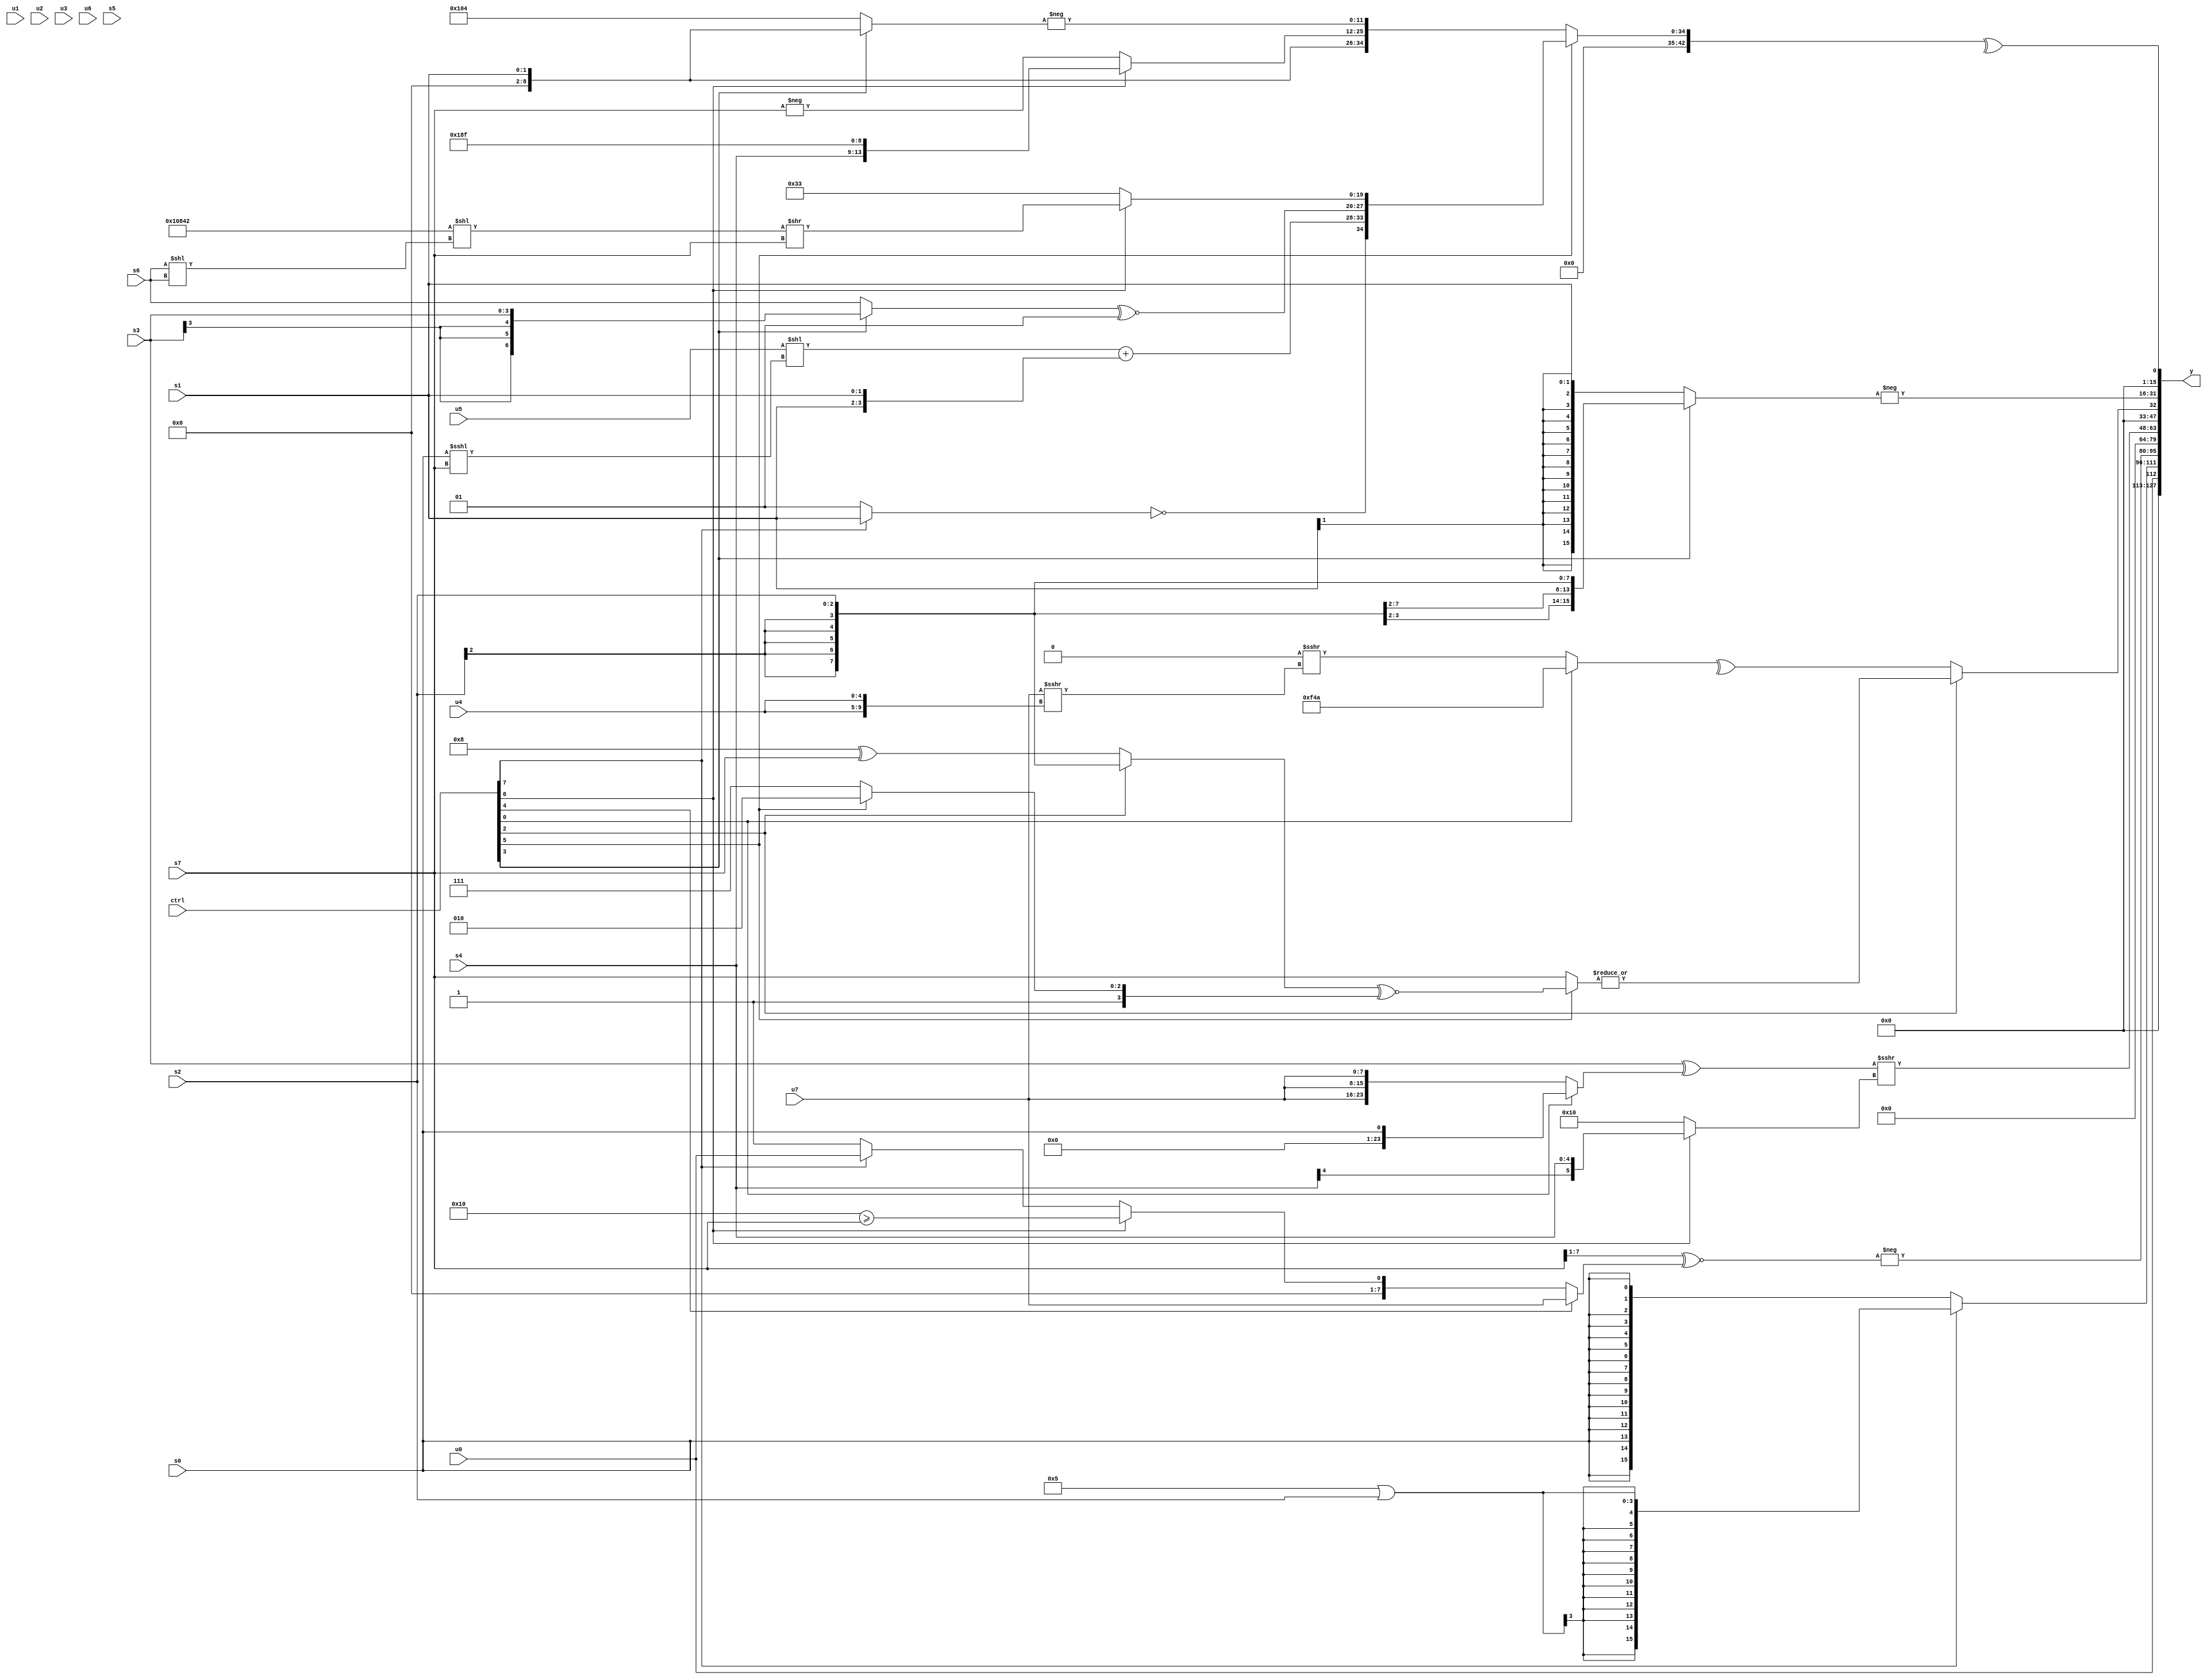
module wideexpr_00888(ctrl, u0, u1, u2, u3, u4, u5, u6, u7, s0, s1, s2, s3, s4, s5, s6, s7, y);
  input [7:0] ctrl;
  input [0:0] u0;
  input [1:0] u1;
  input [2:0] u2;
  input [3:0] u3;
  input [4:0] u4;
  input [5:0] u5;
  input [6:0] u6;
  input [7:0] u7;
  input signed [0:0] s0;
  input signed [1:0] s1;
  input signed [2:0] s2;
  input signed [3:0] s3;
  input signed [4:0] s4;
  input signed [5:0] s5;
  input signed [6:0] s6;
  input signed [7:0] s7;
  output [127:0] y;
  wire [15:0] y0;
  wire [15:0] y1;
  wire [15:0] y2;
  wire [15:0] y3;
  wire [15:0] y4;
  wire [15:0] y5;
  wire [15:0] y6;
  wire [15:0] y7;
  assign y = {y0,y1,y2,y3,y4,y5,y6,y7};
  assign y0 = u0;
  assign y1 = (ctrl[7]?$signed((4'sb0101)|(s2)):s0);
  assign y2 = -($signed(((s7)>>>(3'sb001))^~((ctrl[4]?u7:(ctrl[6]?(5'sb10000)>=(s7):(ctrl[7]?u0:1'sb1))))));
  assign y3 = 1'sb0;
  assign y4 = ((s3)^((ctrl[0]?$signed(s0):+({3{u7}}))))>>>((ctrl[6]?s4:6'sb010000));
  assign y5 = (ctrl[2]?|((ctrl[5]?((ctrl[2]?s2:(5'sb11000)^(s7)))^~((ctrl[5]?4'sb1010:$signed(1'sb1))):$signed($signed(+(s7))))):^((ctrl[0]?{((6'sb101011)|(6'sb001101))>>({4{4'b1101}}),($signed(6'sb111100))+((2'sb01)+(1'sb0)),6'sb001010}:(1'sb0)>>>(($unsigned(u7))>>>({2{u4}})))));
  assign y6 = -((ctrl[3]?s2:$signed(s1)));
  assign y7 = ^((ctrl[5]?{({3{((ctrl[1]?3'sb010:u2))>>(5'sb11110)}})^($signed(((ctrl[7]?s1:1'sb1))==((3'b100)<<(6'sb000010)))),(($signed({1{u5}}))<<(+((s0)<<<(s7))))+(+({2{s1}})),(ctrl[5]?(ctrl[5]?((ctrl[3]?s3:s6))^~(3'sb001):s7):$signed((ctrl[1]?(s3)>>(u4):(1'sb1)^(s6)))),(ctrl[6]?(({4{5'sb00010}})<<((s6)<<(s6)))>>(s7):$unsigned($signed((5'sb00011)|(6'sb110001))))}:{s1,{(ctrl[6]?$signed({s4,6'b110001,3'sb111}):(ctrl[6]?(s2)-(5'sb00010):-(s7))),-((ctrl[3]?$unsigned(s1):{2{6'b000100}}))}}));
endmodule